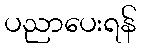
ပညာပေးရန်